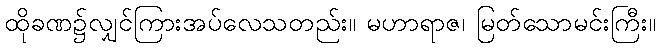
ထိုခဏ၌လျှင်ကြားအပ်လေသတည်း။ မဟာရာဇ၊ မြတ်သောမင်းကြီး။